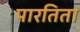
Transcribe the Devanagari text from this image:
पारतिता